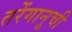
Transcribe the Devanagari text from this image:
तरेंगानूची